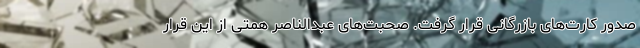
صدور کارت‌های بازرگانی قرار گرفت. صحبت‌های عبدالناصر همتی از این قرار